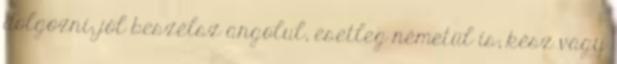
dolgozni; jól beszélsz angolul, esetleg németül is; kész vagy